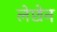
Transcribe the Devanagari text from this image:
लेप्टोन